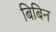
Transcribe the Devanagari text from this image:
बिबिन